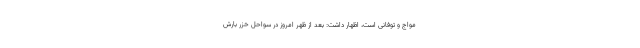
مواج و توفانی است، اظهار داشت: بعد از ظهر امروز در سواحل خزر بارش